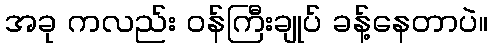
အခု ကလည်း ဝန်ကြီးချုပ် ခန့်နေတာပဲ။